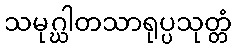
သမုဂ္ဃါတသာရုပ္ပသုတ္တံ